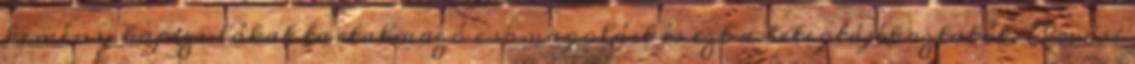
kemény kapszulákat tartalmazó csomagolást és ezt a betegtájékoztatót. Orvosi